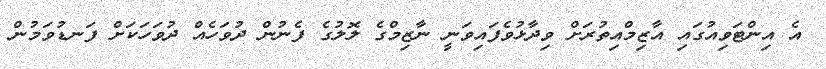
އެ އިންޓަވިއުގައި އާޒިމްއިތުރަށް ވިދާޅުވެފައިވަނީ ނާޒިމްގެ ލޮލުގެ ފެނުން ދުވަހެއް ދުވަހަކަށް ފަނޑުވަމުން